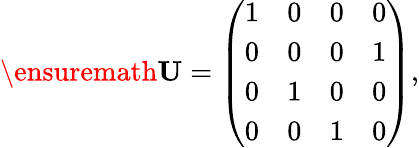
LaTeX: \begin{array}{r}{\ensuremath{\mathbf{U}}=\left(\begin{array}{cccc}{1}&{0}&{0}&{0}\\ {0}&{0}&{0}&{1}\\ {0}&{1}&{0}&{0}\\ {0}&{0}&{1}&{0}\end{array}\right),}\end{array}